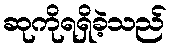
ဆုကိုရရှိခဲ့သည်